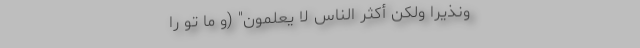
وَنَذِیرًا وَلَکِنَّ أَکْثَرَ النَّاسِ لَا یَعْلَمُونَ" (و ما تو را